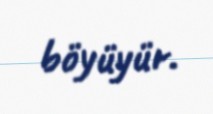
böyüyür.